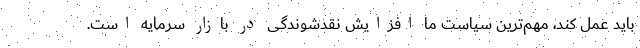
باید عمل کند، مهم‌ترین سیاست ما افزایش نقدشوندگی در بازار سرمایه است.